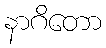
နာဂိတော